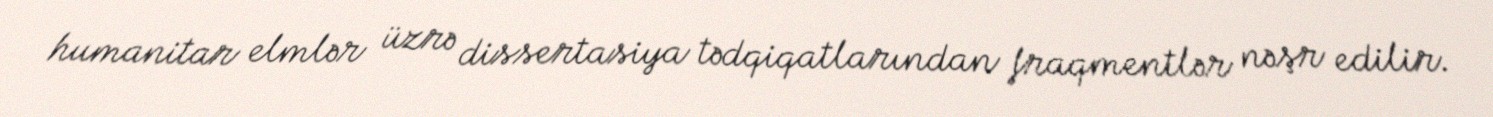
humanitar elmlər üzrə dissertasiya tədqiqatlarından fraqmentlər nəşr edilir.